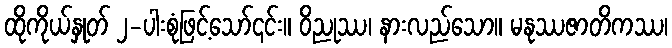
ထိုကိုယ်နှုတ် ၂-ပါးစုံဖြင့်သော်၎င်း။ ဝိညုဿ၊ နားလည်သော။ မနုဿဇာတိကဿ၊